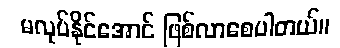
မလုပ်နိုင်အောင် ဖြစ်လာစေပါတယ်။